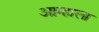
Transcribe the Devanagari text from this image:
आम्‍हाला